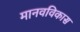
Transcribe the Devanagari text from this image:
मानवविकास